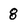
Character: 8